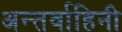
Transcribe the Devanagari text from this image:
अन्तर्वाहिनी